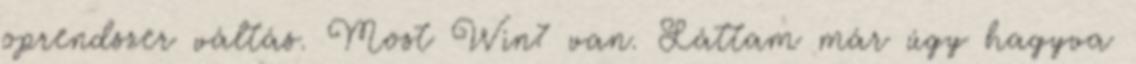
oprendszer váltás. Most Win7 van. Láttam már úgy hagyva